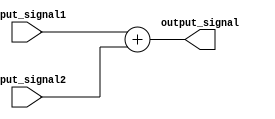
module generate_function (
  input wire [7:0] input_signal1,
  input wire [7:0] input_signal2,
  output reg [7:0] output_signal
);

always @* begin
  // Predefined mathematical function or algorithm
  output_signal = input_signal1 + input_signal2;
end

endmodule